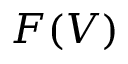
F ( V )